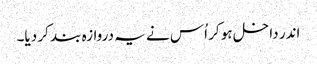
اندر داخل ہو کر اُس نے یہ دروازہ بند کر دیا۔